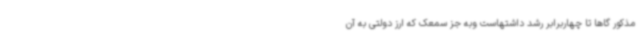
مذکور گاها تا چهاربرابر رشد داشتهاست وبه جز سمعک که ارز دولتی به آن